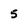
Character: 5